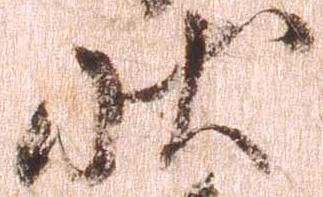
状